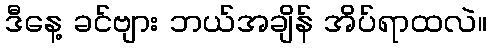
ဒီနေ့ ခင်ဗျား ဘယ်အချိန် အိပ်ရာထလဲ။